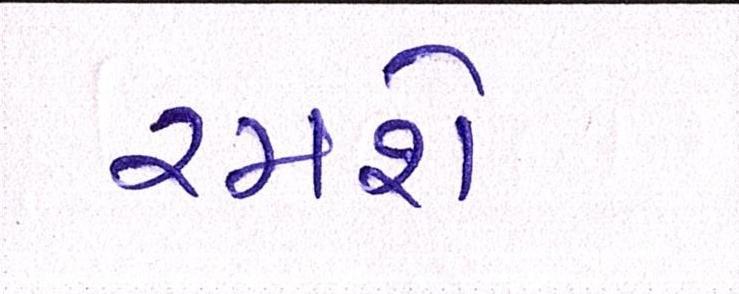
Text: રમશે